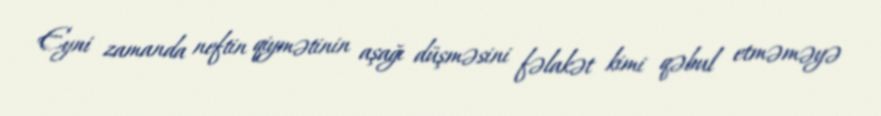
Eyni zamanda neftin qiymətinin aşağı düşməsini fəlakət kimi qəbul etməməyə